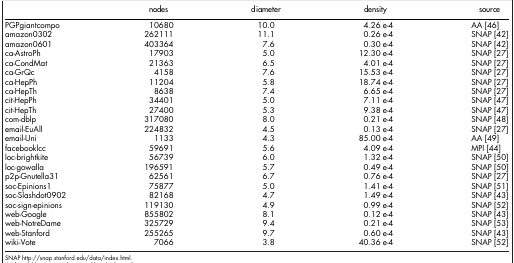
|  | nodes | diameter | density | source |
 | --- | --- | --- | --- | --- |
 | PGPgiantcompo | 10680 | 10.0 | 4.26 e-4 | AA [46] |
 | amazon0302 | 262111 | 11.1 | 0.26 e-4 | SNAP [42] |
 | amazon0601 | 403364 | 7.6 | 0.30 e-4 | SNAP [42] |
 | ca-AstroPh | 17903 | 5.0 | 12.30 e-4 | SNAP [27] |
 | ca-CondMat | 21363 | 6.5 | 4.01 e-4 | SNAP [27] |
 | ca-GrQc | 4158 | 7.6 | 15.53 e-4 | SNAP [27] |
 | ca-HepPh | 11204 | 5.8 | 18.74 e-4 | SNAP [27] |
 | ca-HepTh | 8638 | 7.4 | 6.65 e-4 | SNAP [27] |
 | cit-HepPh | 34401 | 5.0 | 7.11 e-4 | SNAP [47] |
 | cit-HepTh | 27400 | 5.3 | 9.38 e-4 | SNAP [47] |
 | com-dblp | 317080 | 8.0 | 0.21 e-4 | SNAP [48] |
 | email-EuAll | 224832 | 4.5 | 0.13 e-4 | SNAP [27] |
 | email-Uni | 1133 | 4.3 | 85.00 e-4 | AA [49] |
 | facebooklcc | 59691 | 5.6 | 4.09 e-4 | MPI [44] |
 | loc-brightkite | 56739 | 6.0 | 1.32 e-4 | SNAP [50] |
 | loc-gowalla | 196591 | 5.7 | 0.49 e-4 | SNAP [50] |
 | p2p-Gnutella31 | 62561 | 6.7 | 0.76 e-4 | SNAP [27] |
 | soc-Epinions1 | 75877 | 5.0 | 1.41 e-4 | SNAP [51] |
 | soc-Slashdot0902 | 82168 | 4.7 | 1.49 e-4 | SNAP [43] |
 | soc-sign-epinions | 119130 | 4.9 | 0.99 e-4 | SNAP [52] |
 | web-Google | 855802 | 8.1 | 0.12 e-4 | SNAP [43] |
 | web-NotreDame | 325729 | 9.4 | 0.21 e-4 | SNAP [53] |
 | web-Stanford | 255265 | 9.7 | 0.60 e-4 | SNAP [43] |
 | wiki-Vote | 7066 | 3.8 | 40.36 e-4 | SNAP [52] |